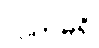
လက်မရှိ